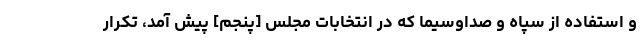
و استفاده از سپاه و صداوسیما که در انتخابات مجلس [پنجم] پیش آمد، تکرار